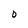
Character: O